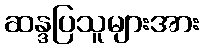
ဆန္ဒပြသူများအား